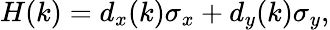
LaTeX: H(k)=d_{x}(k)\sigma_{x}+d_{y}(k)\sigma_{y},